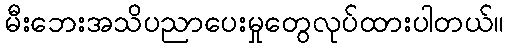
မီးဘေးအသိပညာပေးမှုတွေလုပ်ထားပါတယ်။